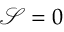
\mathcal { S } = 0